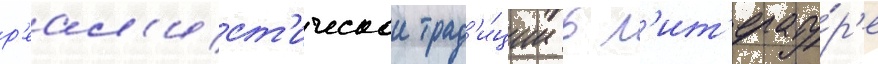
р'еал'ист'ическои трад'и́ции в л'ит'ерату́р'е